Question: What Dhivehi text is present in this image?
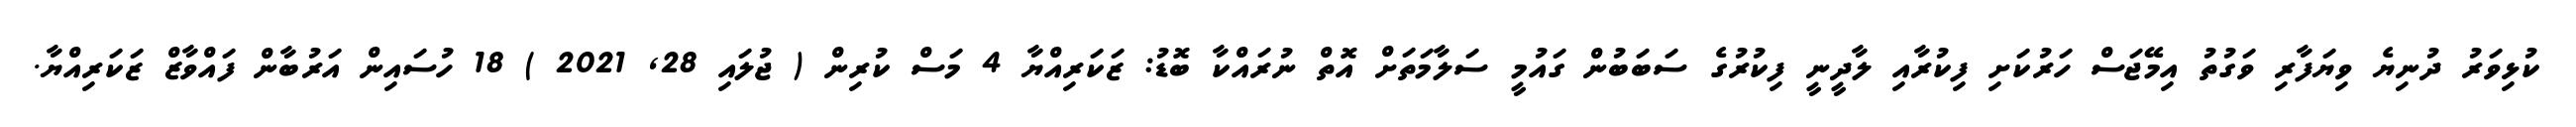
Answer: ކުޅިވަރު ދުނިޔެ ވިޔަފާރި ވަގުތު އިމޭޖަސް ހަރުކަށި ފިކުރާއި ލާދީނީ ފިކުރުގެ ސަބަބުން ގައުމީ ސަލާމަތަށް އޮތް ނުރައްކާ ބޮޑު: ޒަކަރިއްޔާ 4 މަސް ކުރިން ( ޖުލައި 28, 2021 ) 18 ހުސައިން އަރުބާން ފައްވާޒް ޒަކަރިއްޔާ.